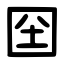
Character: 囶